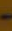
-